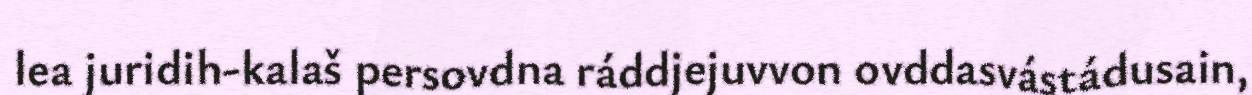
lea juridih-kalaš persovdna ráddjejuvvon ovddasvástádusain,